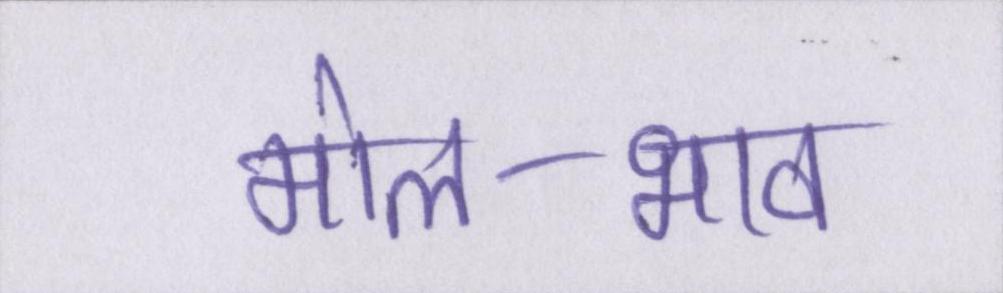
मोल-भाव